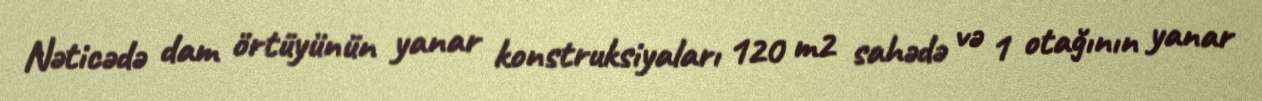
Nəticədə dam örtüyünün yanar konstruksiyaları 120 m2 sahədə və 1 otağının yanar